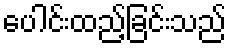
ပေါင်းထည့်ခြင်းသည်